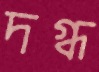
দগ্ধ